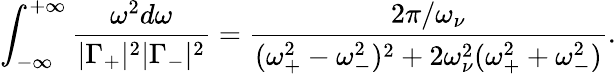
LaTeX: \int_{-\infty}^{+\infty}\frac{\omega^{2}d\omega}{|\Gamma_{+}|^{2}|\Gamma_{-}|^{2}}=\frac{2\pi/\omega_{\nu}}{(\omega_{+}^{2}-\omega_{-}^{2})^{2}+2\omega_{\nu}^{2}(\omega_{+}^{2}+\omega_{-}^{2})}.